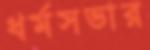
ধর্মসভার